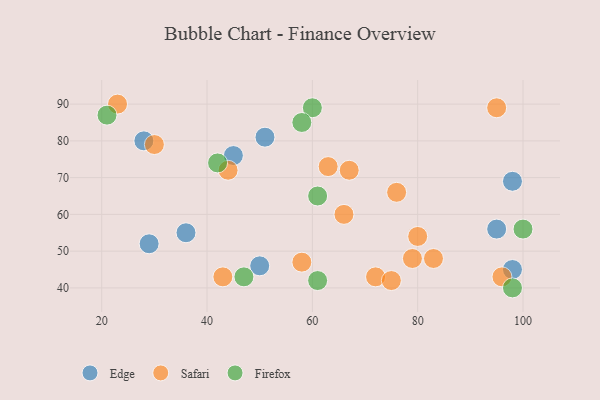
{"axis": {"x": "GDP", "y": "Life Expectancy"}, "legend": ["Edge", "Firefox", "Safari"], "data": [{"x": "45", "y": 76, "type": "Edge"}, {"x": "51", "y": 81, "type": "Edge"}, {"x": "50", "y": 46, "type": "Edge"}, {"x": "36", "y": 55, "type": "Edge"}, {"x": "98", "y": 45, "type": "Edge"}, {"x": "95", "y": 56, "type": "Edge"}, {"x": "29", "y": 52, "type": "Edge"}, {"x": "28", "y": 80, "type": "Edge"}, {"x": "98", "y": 69, "type": "Edge"}, {"x": "79", "y": 48, "type": "Safari"}, {"x": "23", "y": 90, "type": "Safari"}, {"x": "76", "y": 66, "type": "Safari"}, {"x": "63", "y": 73, "type": "Safari"}, {"x": "43", "y": 43, "type": "Safari"}, {"x": "67", "y": 72, "type": "Safari"}, {"x": "44", "y": 72, "type": "Safari"}, {"x": "58", "y": 47, "type": "Safari"}, {"x": "72", "y": 43, "type": "Safari"}, {"x": "95", "y": 89, "type": "Safari"}, {"x": "66", "y": 60, "type": "Safari"}, {"x": "83", "y": 48, "type": "Safari"}, {"x": "96", "y": 43, "type": "Safari"}, {"x": "75", "y": 42, "type": "Safari"}, {"x": "80", "y": 54, "type": "Safari"}, {"x": "30", "y": 79, "type": "Safari"}, {"x": "61", "y": 42, "type": "Firefox"}, {"x": "100", "y": 56, "type": "Firefox"}, {"x": "60", "y": 89, "type": "Firefox"}, {"x": "47", "y": 43, "type": "Firefox"}, {"x": "21", "y": 87, "type": "Firefox"}, {"x": "61", "y": 65, "type": "Firefox"}, {"x": "58", "y": 85, "type": "Firefox"}, {"x": "98", "y": 40, "type": "Firefox"}, {"x": "42", "y": 74, "type": "Firefox"}]}